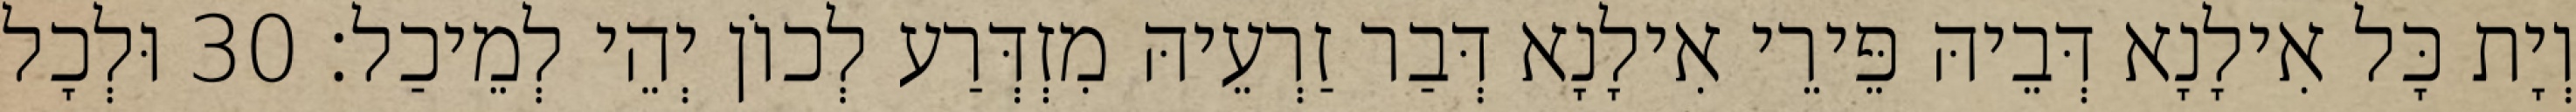
וְיָת כָּל אִילָנָא דְּבֵיהּ פֵּירֵי אִילָנָא דְּבַר זַרְעֵיהּ מִזְדְּרַע לְכוֹן יְהֵי לְמֵיכַל׃ 30 וּלְכָל